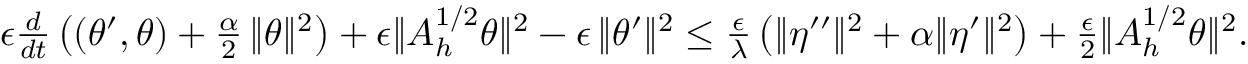
\begin{array} { r } { \epsilon \frac { d } { d t } \left( ( \theta ^ { \prime } , \theta ) + \frac { \alpha } { 2 } \, \| \theta \| ^ { 2 } \right) + \epsilon \| A _ { h } ^ { 1 / 2 } \theta \| ^ { 2 } - \epsilon \, \| \theta ^ { \prime } \| ^ { 2 } \leq \frac { \epsilon } { \lambda } \left( \| \eta ^ { \prime \prime } \| ^ { 2 } + \alpha \| \eta ^ { \prime } \| ^ { 2 } \right) + \frac { \epsilon } { 2 } \| A _ { h } ^ { 1 / 2 } \theta \| ^ { 2 } . } \end{array}